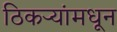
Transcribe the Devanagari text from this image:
ठिकऱ्यांमधून